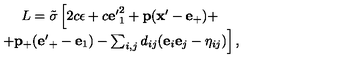
\begin{array} { c } { L = { \tilde { \sigma } } \left[ 2 c \epsilon + c { \bf e ^ { \prime } } _ { 1 } ^ { 2 } + { \bf p } ( { \bf x ^ { \prime } } - { \bf e } _ { + } ) + \right. } \\ { \left. + { \bf p } _ { + } ( { \bf e ^ { \prime } } _ { + } - { \bf e } _ { 1 } ) - \sum _ { i , j } d _ { i j } ( { \bf e } _ { i } { \bf e } _ { j } - \eta _ { i j } ) \right] , } \\ \end{array}